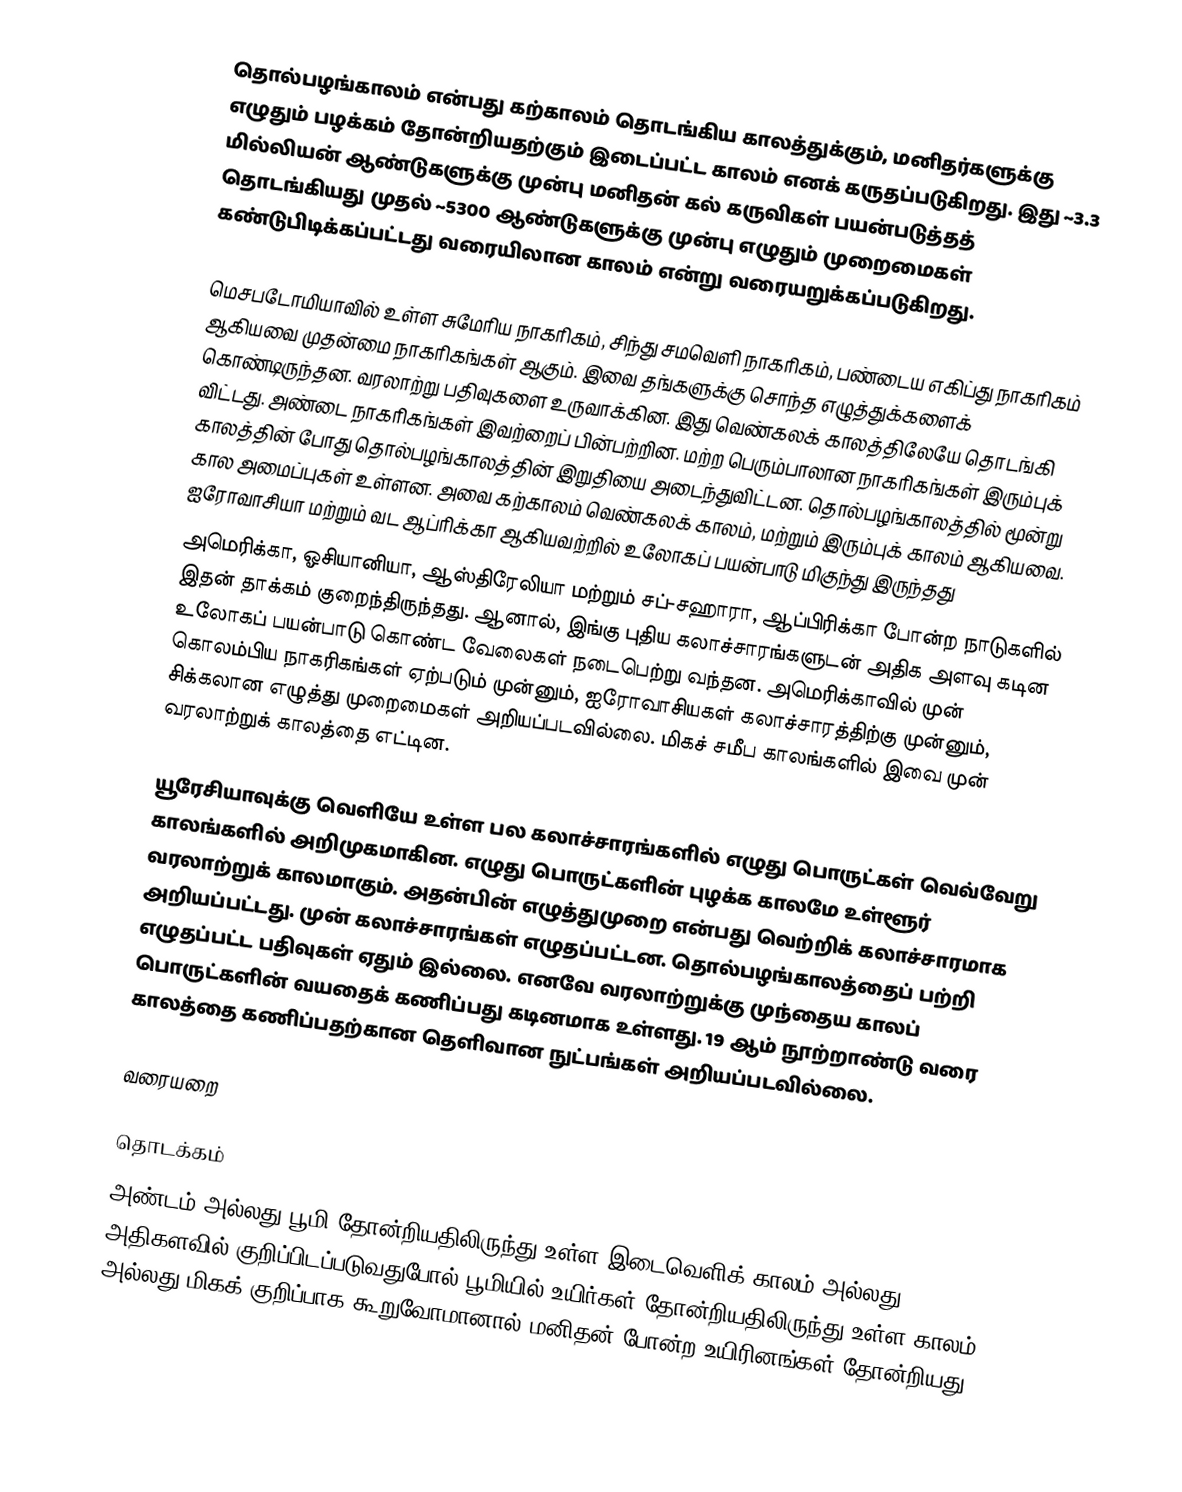
தொல்பழங்காலம் என்பது கற்காலம் தொடங்கிய காலத்துக்கும், மனிதர்களுக்கு எழுதும் பழக்கம் தோன்றியதற்கும் இடைப்பட்ட காலம் எனக் கருதப்படுகிறது. இது ~3.3 மில்லியன் ஆண்டுகளுக்கு முன்பு மனிதன் கல் கருவிகள் பயன்படுத்தத் தொடங்கியது முதல் ~5300 ஆண்டுகளுக்கு முன்பு எழுதும் முறைமைகள் கண்டுபிடிக்கப்பட்டது வரையிலான காலம் என்று வரையறுக்கப்படுகிறது.

மெசபடோமியாவில்  உள்ள சுமேரிய நாகரிகம், சிந்து சமவெளி நாகரிகம், பண்டைய எகிப்து நாகரிகம் ஆகியவை முதன்மை நாகரிகங்கள் ஆகும். இவை தங்களுக்கு சொந்த எழுத்துக்களைக் கொண்டிருந்தன. வரலாற்று பதிவுகளை உருவாக்கின. இது வெண்கலக் காலத்திலேயே தொடங்கி விட்டது. அண்டை நாகரிகங்கள் இவற்றைப் பின்பற்றின. மற்ற பெரும்பாலான நாகரிகங்கள் இரும்புக் காலத்தின் போது தொல்பழங்காலத்தின் இறுதியை அடைந்துவிட்டன. தொல்பழங்காலத்தில் மூன்று கால அமைப்புகள் உள்ளன. அவை கற்காலம் வெண்கலக் காலம், மற்றும் இரும்புக் காலம் ஆகியவை. ஐரோவாசியா மற்றும் வட ஆப்ரிக்கா ஆகியவற்றில் உலோகப் பயன்பாடு மிகுந்து இருந்தது
அமெரிக்கா, ஓசியானியா, ஆஸ்திரேலியா மற்றும் சப்-சஹாரா, ஆப்பிரிக்கா போன்ற நாடுகளில் இதன் தாக்கம் குறைந்திருந்தது. ஆனால், இங்கு புதிய கலாச்சாரங்களுடன் அதிக அளவு கடின உலோகப் பயன்பாடு கொண்ட வேலைகள் நடைபெற்று வந்தன. அமெரிக்காவில்  முன் கொலம்பிய நாகரிகங்கள் ஏற்படும் முன்னும், ஐரோவாசியகள் கலாச்சாரத்திற்கு முன்னும், சிக்கலான எழுத்து முறைமைகள் அறியப்படவில்லை. மிகச் சமீப காலங்களில் இவை முன் வரலாற்றுக் காலத்தை எட்டின.

யூரேசியாவுக்கு வெளியே உள்ள பல கலாச்சாரங்களில் எழுது பொருட்கள் வெவ்வேறு காலங்களில் அறிமுகமாகின. எழுது பொருட்களின் புழக்க காலமே உள்ளூர் வரலாற்றுக் காலமாகும். அதன்பின் எழுத்துமுறை என்பது வெற்றிக் கலாச்சாரமாக அறியப்பட்டது. முன் கலாச்சாரங்கள் எழுதப்பட்டன. தொல்பழங்காலத்தைப் பற்றி எழுதப்பட்ட பதிவுகள் ஏதும் இல்லை. எனவே வரலாற்றுக்கு முந்தைய காலப் பொருட்களின் வயதைக் கணிப்பது கடினமாக உள்ளது. 19 ஆம் நூற்றாண்டு வரை காலத்தை கணிப்பதற்கான தெளிவான நுட்பங்கள் அறியப்படவில்லை.

வரையறை

தொடக்கம்
அண்டம் அல்லது பூமி தோன்றியதிலிருந்து உள்ள இடைவெளிக் காலம் அல்லது அதிகளவில் குறிப்பிடப்படுவதுபோல் பூமியில் உயிர்கள் தோன்றியதிலிருந்து உள்ள காலம் அல்லது மிகக் குறிப்பாக கூறுவோமானால் மனிதன்-போன்ற உயிரினங்கள் தோன்றியது